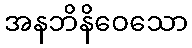
အနဘိနိဝေသော